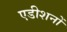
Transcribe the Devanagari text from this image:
एडीशनों